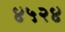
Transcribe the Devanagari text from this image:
४५२४